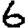
Digit: 6